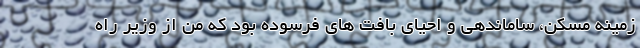
زمینه مسکن، ساماندهی و احیای بافت های فرسوده بود که من از وزیر راه